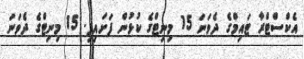
އެކްސްޓްރާ ޓައިމްގެ ދެވަނަ 15 މިނިޓްގެ ކުޅުން ފަށައިފި. 15 މިނިޓްގެ ދެވަނަ